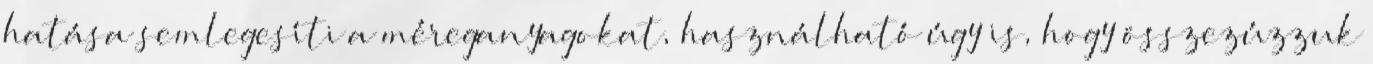
hatása semlegesíti a méreganyagokat, használható úgy is, hogy összezúzzuk